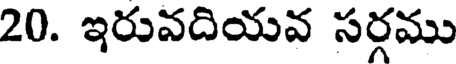
20. ఇరువదియవ సర్గము